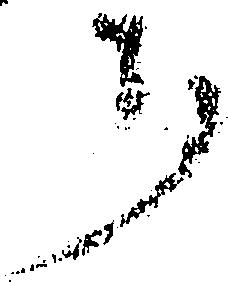
郎